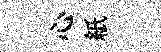
心紙